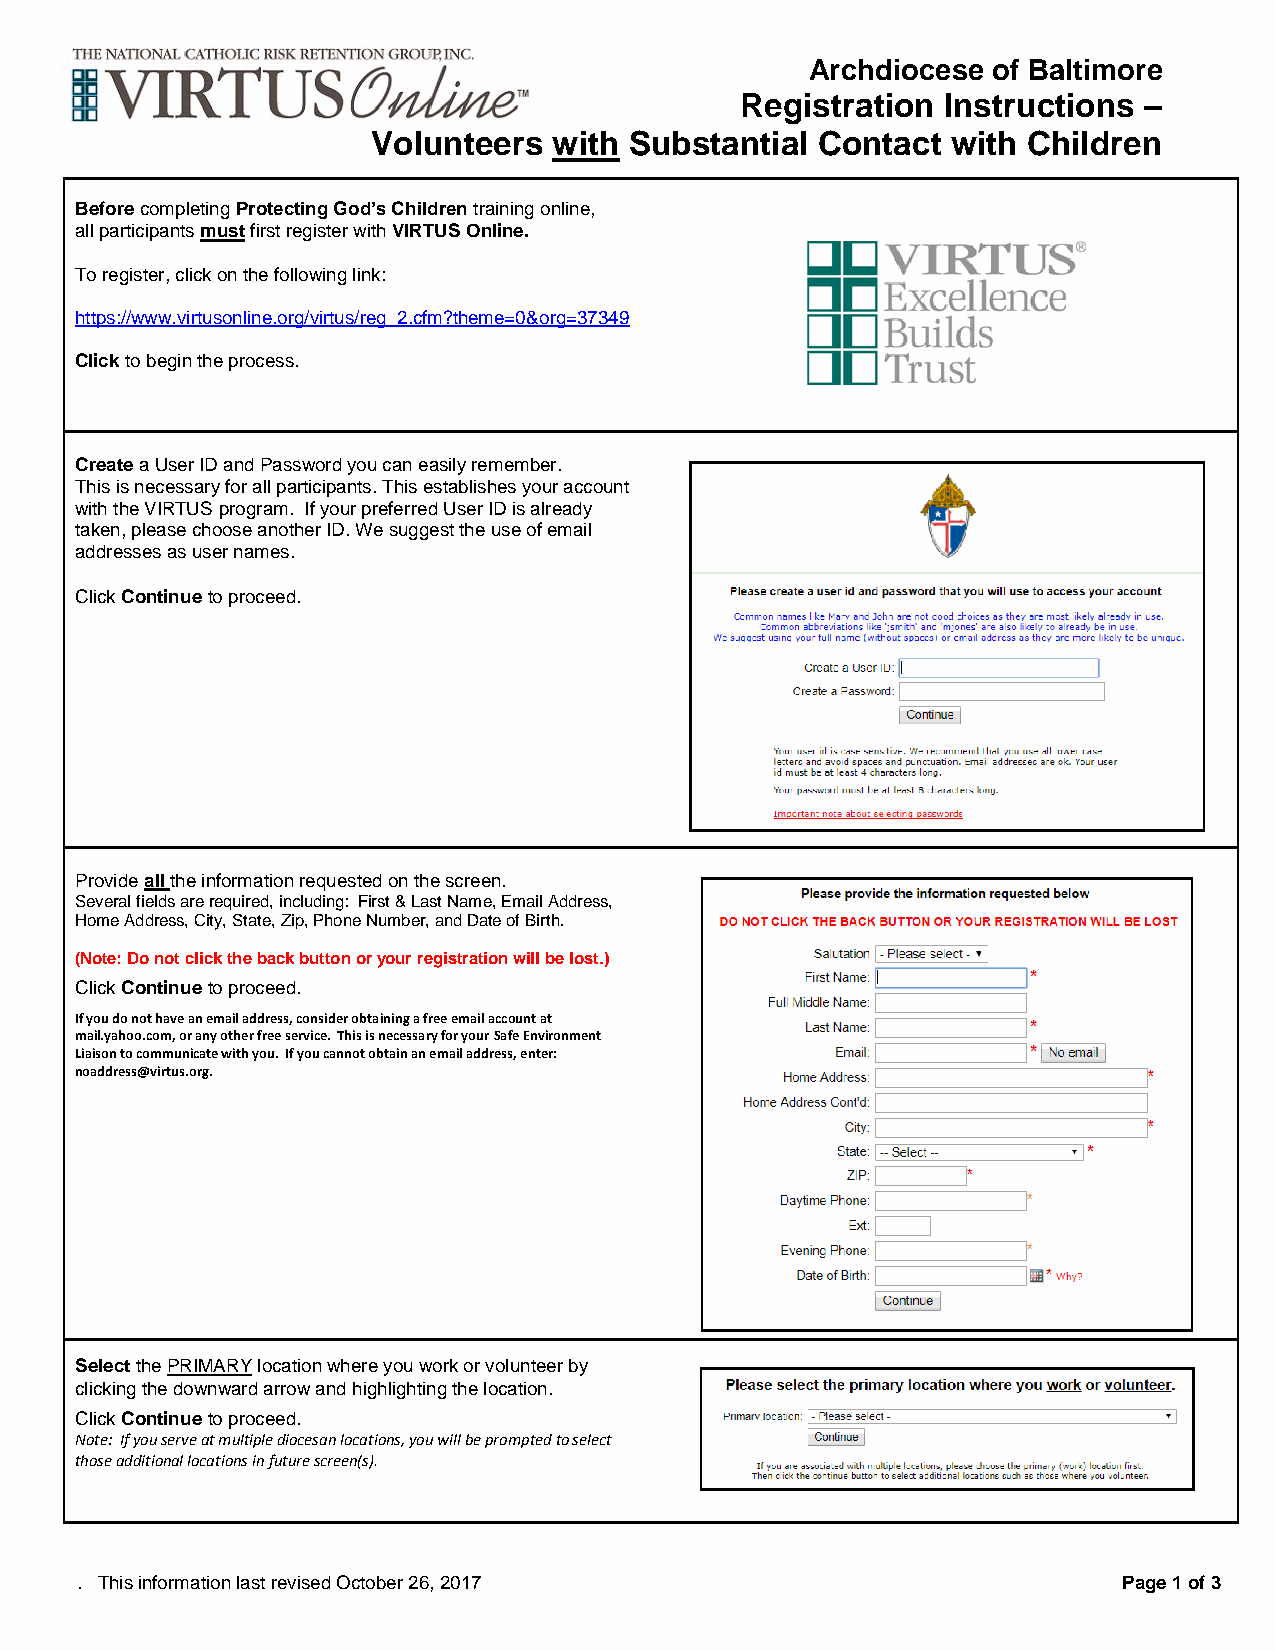
Archdiocese of Baltimore
 Registration Instructions  –
 Volunteers  with Substantial Contact  with Children
 Before completing Protecting God’s Children training online,
 all participants must first register with VIRTUS Online.
 To register, click on the following link:
 https://www.virtusonline.org/virtus/reg_2.cfm?theme=0&org=37349
 Click to begin the process.
 Create a User ID and Password you can easily remember.
 This is necessary for all participants. This establishes your account
 with the VIRTUS program. If your preferred User ID is already
 taken, please choose another ID. We suggest the use of email
 addresses as user names.
 Click Continue to proceed.
 Provide all the information requested on the screen.
 Several fields are required, including: First & Last Name, Email Address,
 Home Address, City, State, Zip, Phone Number, and Date of Birth.
 (Note: Do not click the back button or your registration will be lost.)
 Click Continue to proceed.
 If you do not have an email address, consider obtaining a free email account at
 mail.yahoo.com, or any other free service. This is necessary for your Safe Environment
 Liaison to communicate with you. If you cannot obtain an email address, enter:
 noaddress@virtus.org.
 Select the PRIMARY location where you work or volunteer by
 clicking the downward arrow and highlighting the location.
 Click Continue to proceed.
 Note: If you serve at multiple diocesan locations, you will be prompted to select
 those additional locations in future screen(s).
 . This information last revised October 26, 2017                     Page 1 of 3